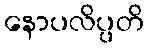
နောပလိပ္ပတိ